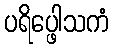
ပရိပ္ဖေါသကံ